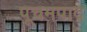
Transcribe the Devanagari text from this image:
पूचमपाद